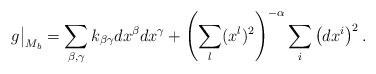
\begin{align*} g \big|_{M_b} = \sum_{\beta, \gamma} k_{\beta \gamma} dx^\beta dx^\gamma + \left( \sum_l (x^l)^2 \right)^{- \alpha} \sum_i \left( dx^i \right)^2.\end{align*}